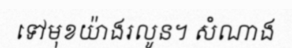
ទៅមុខយ៉ាងរលូន។ សំណាង